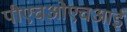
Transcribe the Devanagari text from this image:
पीएचओएचआई